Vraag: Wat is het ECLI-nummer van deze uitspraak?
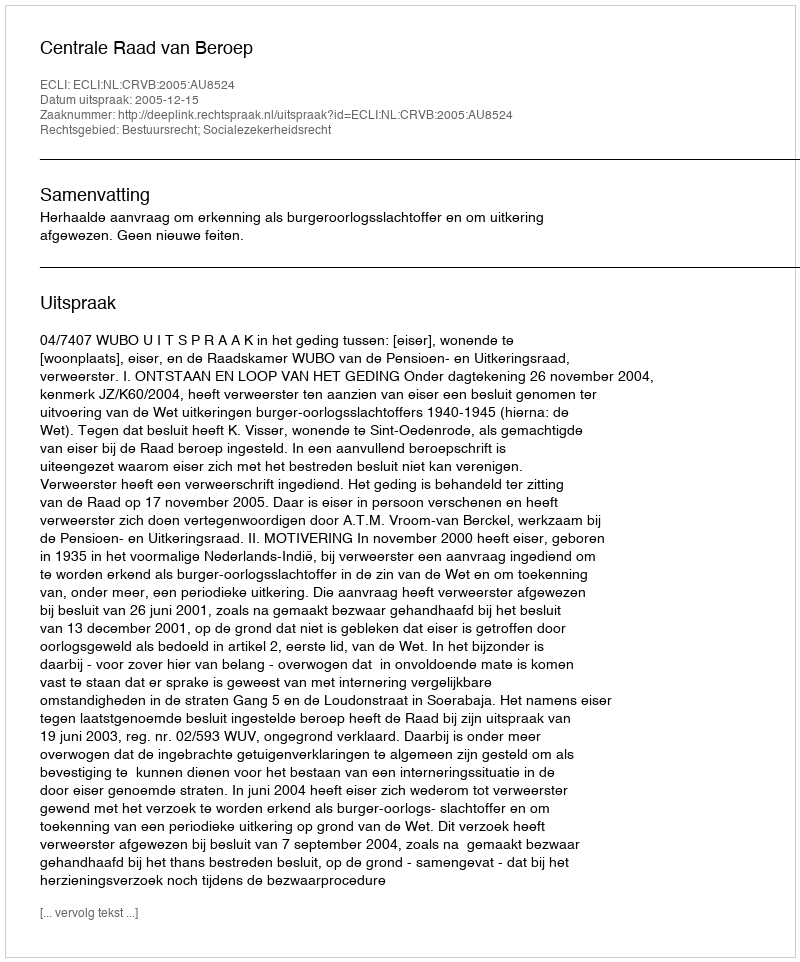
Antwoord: ECLI:NL:CRVB:2005:AU8524